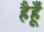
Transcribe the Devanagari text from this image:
हैहूँ